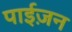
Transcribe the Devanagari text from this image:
पाईज़न